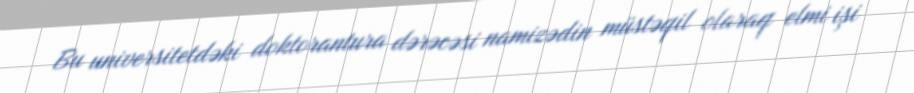
Bu universitetdəki doktorantura dərəcəsi namizədin müstəqil olaraq elmi işi